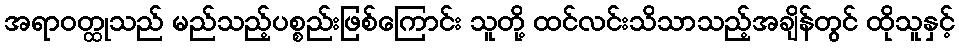
အရာဝတ္ထုသည် မည်သည့်ပစ္စည်းဖြစ်ကြောင်း သူတို့ ထင်လင်းသိသာသည့်အချိန်တွင် ထိုသူနှင့်